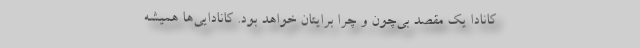
کانادا یک مقصد بی‌چون و چرا برایتان خواهد بود. کانادایی‌ها همیشه